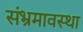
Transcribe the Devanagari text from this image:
संभ्रमावस्था